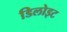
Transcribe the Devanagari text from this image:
डिलोइट